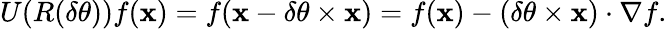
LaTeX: U(R(\delta\mathbf{\theta}))f(\mathbf{x})=f(\mathbf{x}-\delta\mathbf{\theta}\times\mathbf{x})=f(\mathbf{x})-(\delta\mathbf{\theta}\times\mathbf{x})\cdot\nabla f.